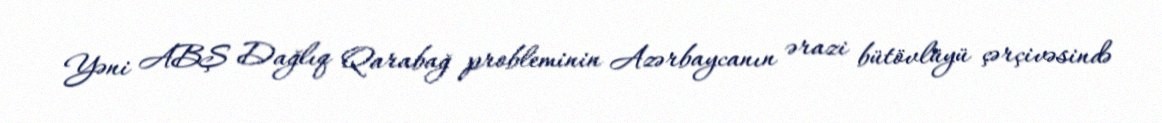
Yəni ABŞ Dağlıq Qarabağ probleminin Azərbaycanın ərazi bütövlüyü çərçivəsində